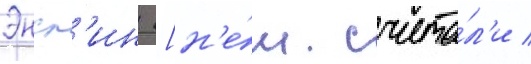
Энсл'ин [н'е́м. счита́л'и /